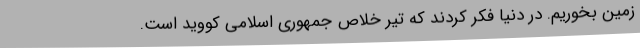
زمین بخوریم. در دنیا فکر کردند که تیر خلاص جمهوری اسلامی کووید است.